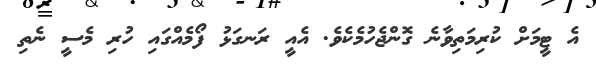
އެ ޓީމަށް ކުރިމަތިވާނެ ގޮންޖެހުމެކެވެ. އެއީ ރަނގަޅު ފޯމެއްގައި ހުރި މެސީ ނެތި